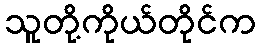
သူတို့ကိုယ်တိုင်က